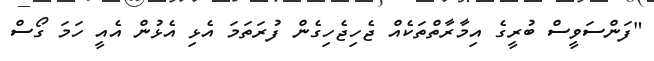
"ފަންސަވީސް ބުރީގެ އިމާރާތްތަކެއް ޖެހިޖެހިގެން ފުރަތަމަ އެޅި އެޅުން އެއީ ހަމަ ގޯސް